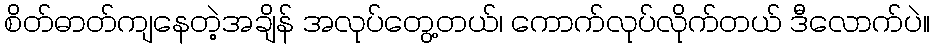
စိတ်ဓာတ်ကျနေတဲ့အချိန် အလုပ်တွေ့တယ်၊ ကောက်လုပ်လိုက်တယ် ဒီလောက်ပဲ။